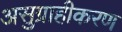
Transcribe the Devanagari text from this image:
असुग्राहीकरण